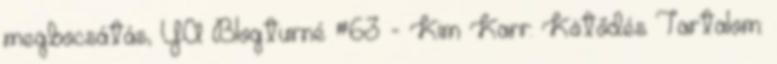
megbocsátás, YA Blogturné #63 - Kim Karr: Kötődés Tartalom: